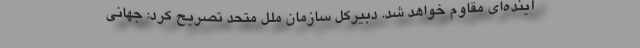
آینده‌ای مقاوم خواهد شد. دبیرکل سازمان ملل متحد تصریح کرد: جهانی